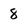
Character: 8